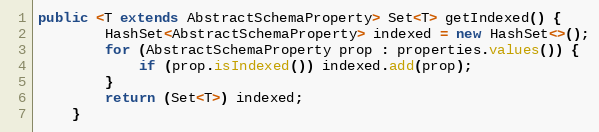
Language: Java
public <T extends AbstractSchemaProperty> Set<T> getIndexed() {
        HashSet<AbstractSchemaProperty> indexed = new HashSet<>();
        for (AbstractSchemaProperty prop : properties.values()) {
            if (prop.isIndexed()) indexed.add(prop);
        }
        return (Set<T>) indexed;
    }